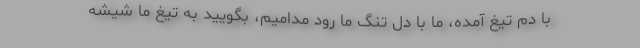
با دم تیغ آمده، ما با دل تنگ ما رود مدامیم، بگویید به تیغ ما شیشه